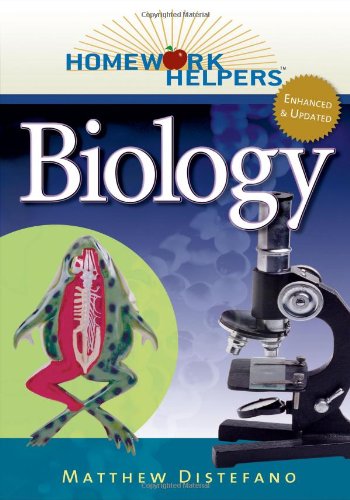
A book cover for Homework Helpers: Biology (Homework Helpers (Career Press)); Matthew Distefano; Science & Math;